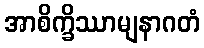
အာစိက္ခိဿာမျနာဂတံ